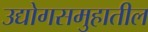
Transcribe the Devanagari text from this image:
उद्योगसमुहातील